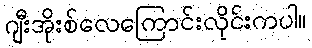
ဂျီးအိုးစ်လေကြောင်းလိုင်းကပါ။